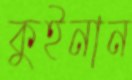
কুইনান